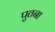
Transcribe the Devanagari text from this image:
पुतना